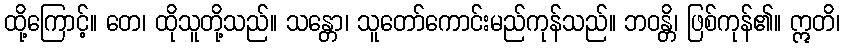
ထို့ကြောင့်။ တေ၊ ထိုသူတို့သည်။ သန္တော၊ သူတော်ကောင်းမည်ကုန်သည်။ ဘဝန္တိ၊ ဖြစ်ကုန်၏။ ဣတိ၊